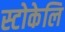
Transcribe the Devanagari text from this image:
स्टोकेलि